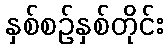
နှစ်စဉ်နှစ်တိုင်း